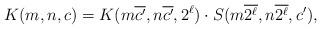
LaTeX: \begin{align*}K(m,n,c)=K(m\overline{c'},n\overline{c'},2^\ell)\cdot S(m\overline{2^\ell},n\overline{2^\ell},c'),\end{align*}